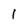
Character: 1